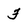
Character: F